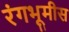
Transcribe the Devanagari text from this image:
रंगभूमीस